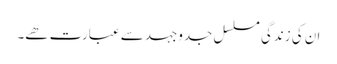
ان کی زندگی مسلسل جدوجہد سے عبارت ھے۔